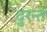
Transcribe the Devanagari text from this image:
दुरन्तं